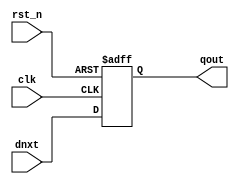
module sirv_gnrl_dffrs # (
  parameter DW = 32
)(
  input [DW-1:0] dnxt,
  output [DW-1:0] qout,

  input clk,
  input rst_n
);

reg [DW-1:0] qout_r;
always @(posedge clk or negedge rst_n) begin : DFFRS_PROC
  if (rst_n == 1'b0)
    qout_r <= {DW{1'b1}};
  else
    qout_r <= #1 dnxt;
end

assign qout = qout_r;
endmodule